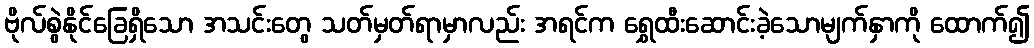
ဗိုလ်စွဲနိုင်ခြေရှိသော အသင်းတွေ သတ်မှတ်ရာမှာလည်း အရင်က ရွှေထီးဆောင်းခဲ့သောမျက်နှာကို ထောက်၍